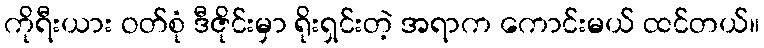
ကိုရီးယား ဝတ်စုံ ဒီဇိုင်းမှာ ရိုးရှင်းတဲ့ အရာက ကောင်းမယ် ထင်တယ်။